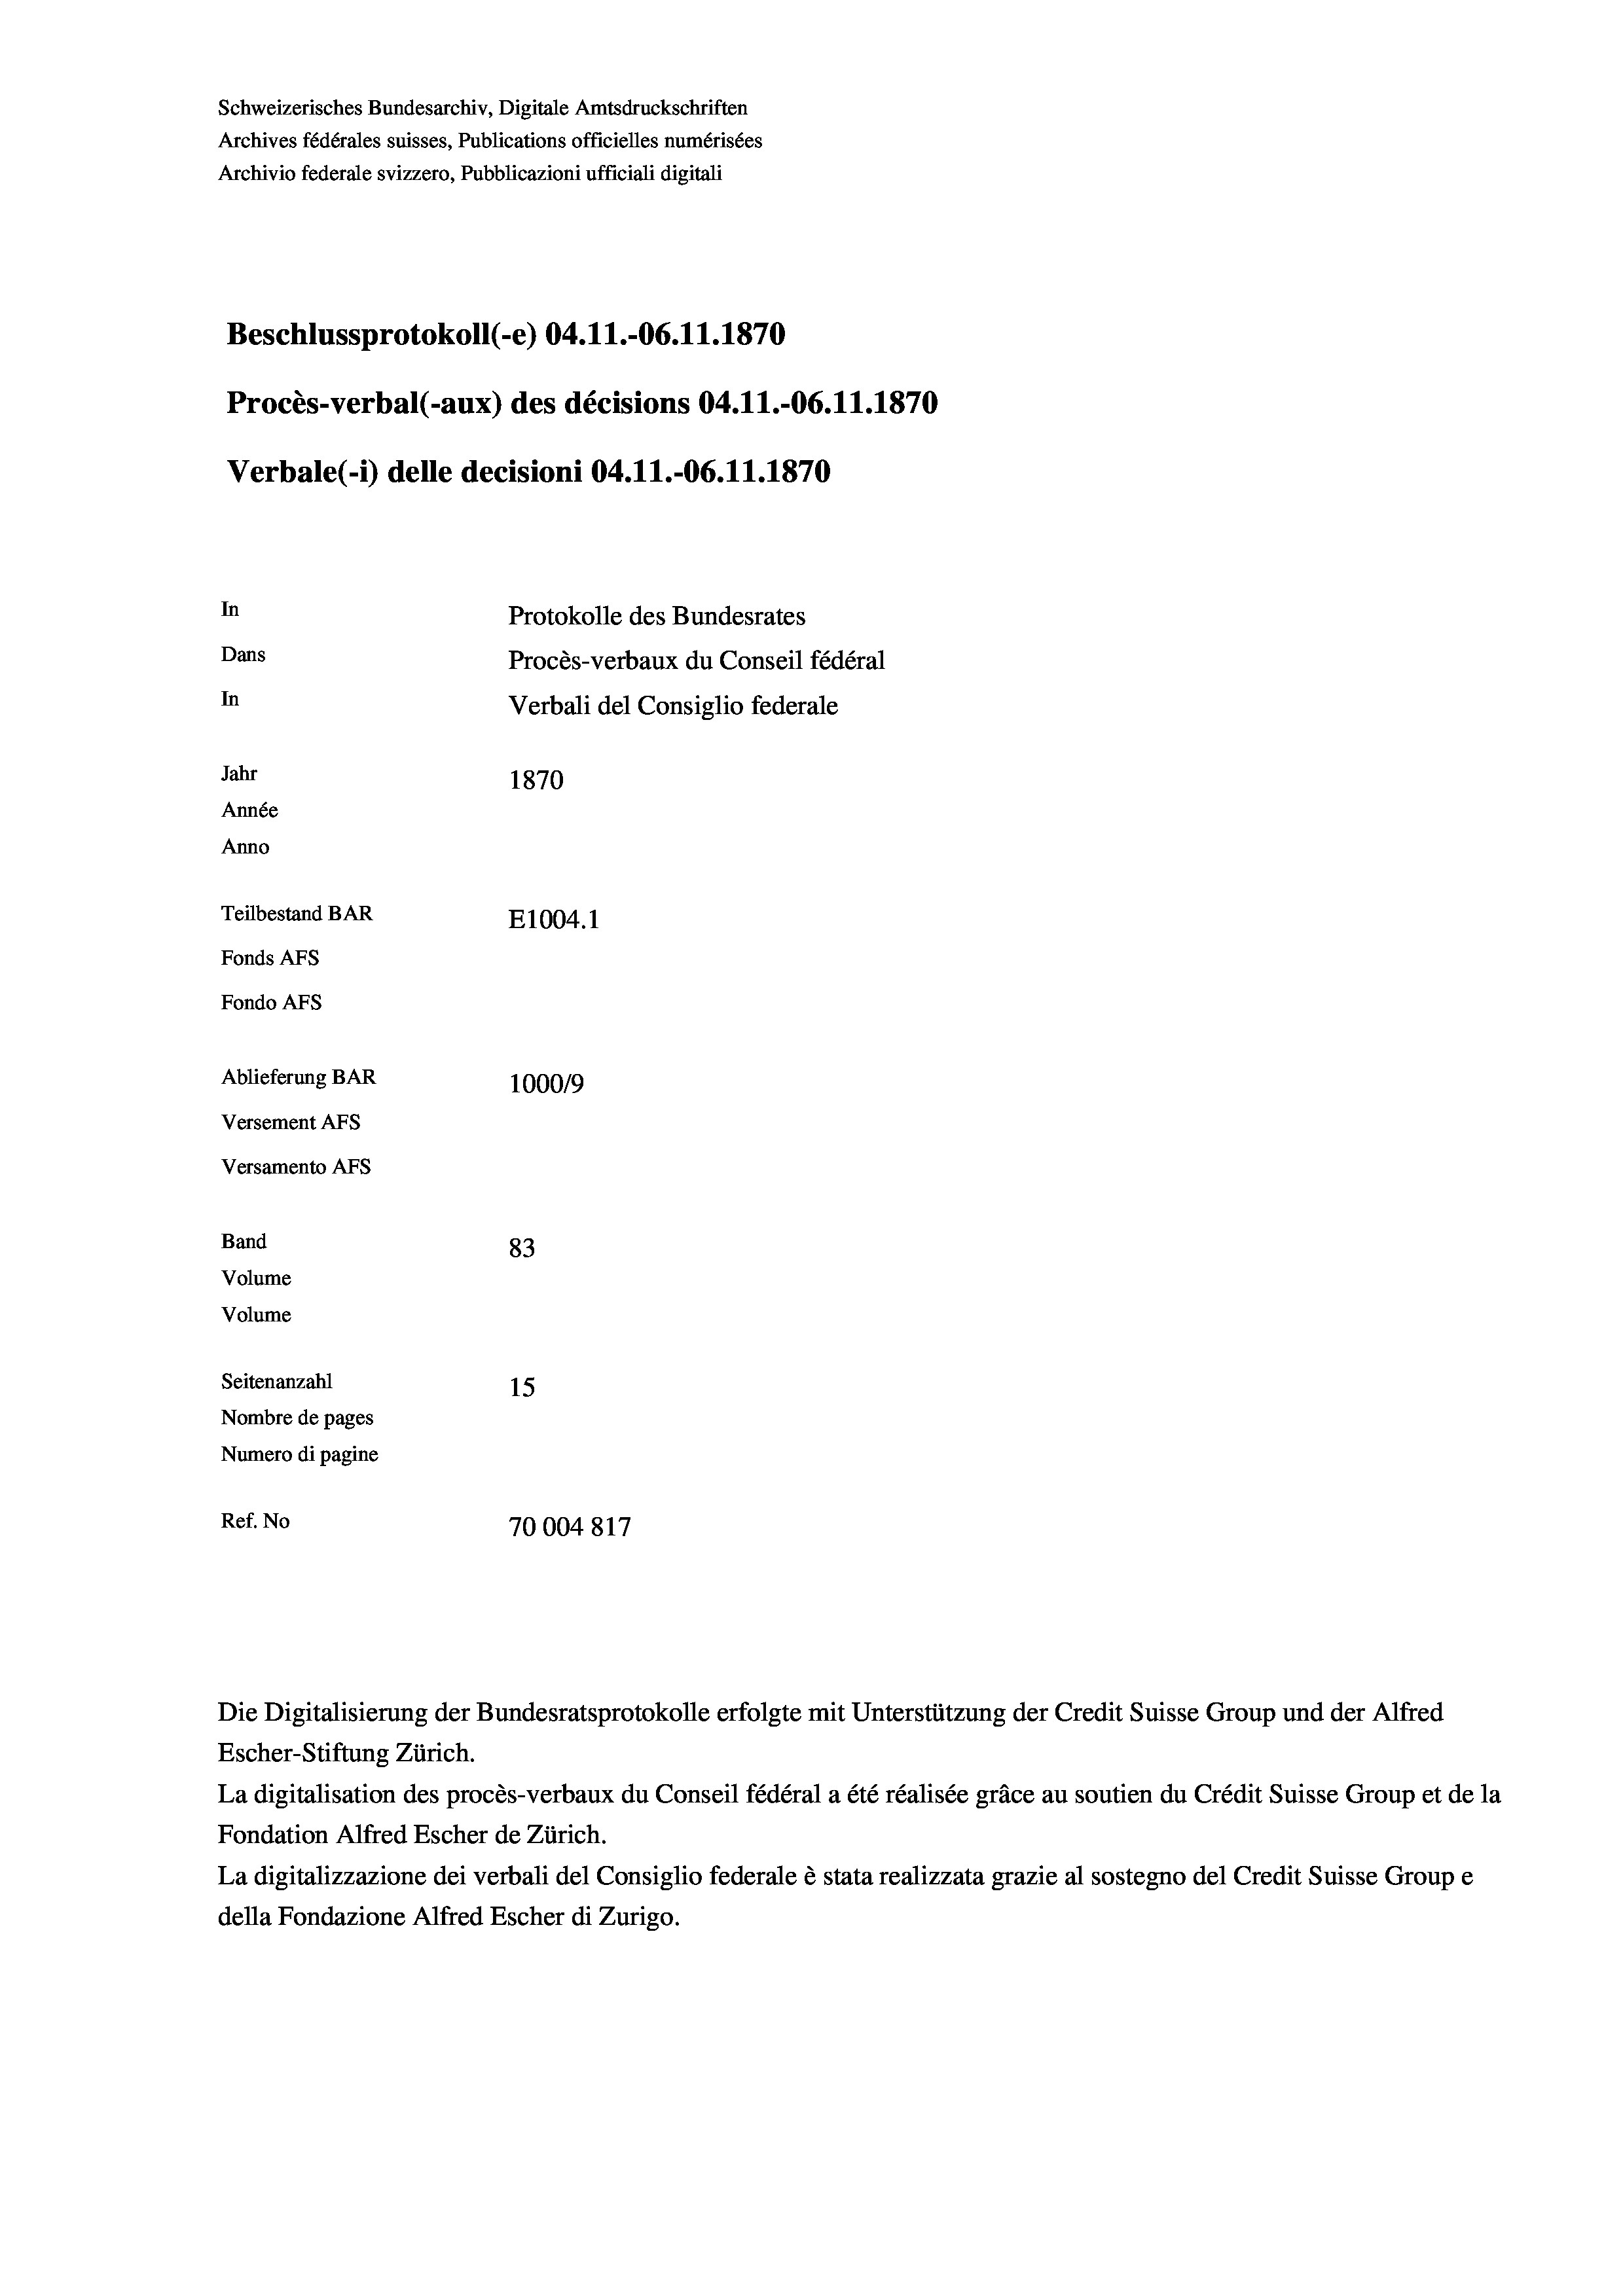
Schweizerisches Bundesarchiv, Digitale Amtsdruckschriften
Archives fédérales suisses, Publications officielles numérisées
Archivio federale svizzero, Pubblicazioni ufficiali digitali
Beschlussprotokoll (-e) 04.11.-06.11.1870
Procès-verbal (-aux) des décisions 04.11.-06.11.1870
Verbale(-*) delle decisioni 04.11.-06. 11. 1870
In
Protokolle des Bundesrates
Dans
Procès-verbaux du Conseil fédéral
In
Verbali del Consiglio federale
Jahr
1870
Année
Anno
Teilbestand BAR
E1004. 1
Fonds AFs
Fondo AFs
Ablieferung BAR
100019
Versement AFs
Versamento AFs
Band
83
Volume
Volume
Seitenanzahl
15
Nombre de pages
Numero di pagine

Ref. No
70004817

Die Digitalisierung der Bundesratsprotokolle erfolgte mit Unterstützung der Credit Suisse Group und der Alfred
Escher-Stiftung Zürich.
La digitalisation des procès-verbaux du Conseil fédéral a été réalisée gräce au soutien du Crédit Suisse Group et de la
Fondation Alfred Escher de Zürich.
La digitalizzazione dei verbali del Consiglio federale è stata realizzata grazie al sostegno del Credit Suisse Groupe
della Fondazione Alfred Escher di Zurigo.